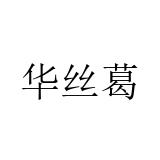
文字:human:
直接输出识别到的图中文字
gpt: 华丝葛